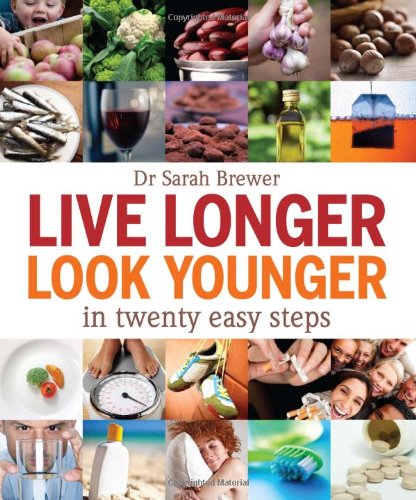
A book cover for Live Longer, Look Younger: in Twenty Easy Steps; Dr. Sarah Brewer; Health, Fitness & Dieting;